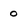
Character: 0